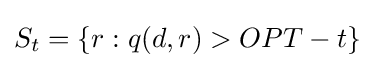
S_{t}=\{r:q(d,r)>OPT-t\}\,\!